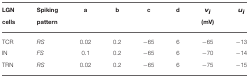
| LGN cells | Spiking pattern | a | b | c | d | vi (mV) | ui |
 | --- | --- | --- | --- | --- | --- | --- | --- |
 | TCR | RS | 0.02 | 0.2 | −65 | 6 | −65 | −13 |
 | IN | FS | 0.1 | 0.2 | −65 | 6 | −70 | −14 |
 | TRN | RS | 0.02 | 0.2 | −65 | 6 | −75 | −15 |